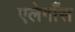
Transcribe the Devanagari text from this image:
एलेगाँस